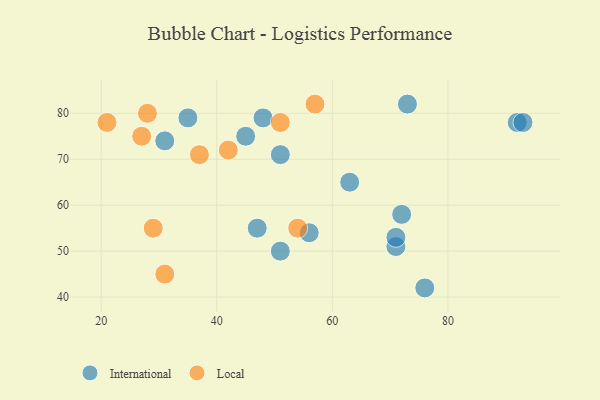
{"axis": {"x": "GDP", "y": "Life Expectancy"}, "legend": ["International", "Local"], "data": [{"x": "92", "y": 78, "type": "International"}, {"x": "73", "y": 82, "type": "International"}, {"x": "51", "y": 71, "type": "International"}, {"x": "71", "y": 51, "type": "International"}, {"x": "71", "y": 53, "type": "International"}, {"x": "45", "y": 75, "type": "International"}, {"x": "47", "y": 55, "type": "International"}, {"x": "72", "y": 58, "type": "International"}, {"x": "63", "y": 65, "type": "International"}, {"x": "31", "y": 74, "type": "International"}, {"x": "76", "y": 42, "type": "International"}, {"x": "93", "y": 78, "type": "International"}, {"x": "35", "y": 79, "type": "International"}, {"x": "56", "y": 54, "type": "International"}, {"x": "48", "y": 79, "type": "International"}, {"x": "51", "y": 50, "type": "International"}, {"x": "37", "y": 71, "type": "Local"}, {"x": "54", "y": 55, "type": "Local"}, {"x": "57", "y": 82, "type": "Local"}, {"x": "51", "y": 78, "type": "Local"}, {"x": "31", "y": 45, "type": "Local"}, {"x": "28", "y": 80, "type": "Local"}, {"x": "42", "y": 72, "type": "Local"}, {"x": "27", "y": 75, "type": "Local"}, {"x": "21", "y": 78, "type": "Local"}, {"x": "29", "y": 55, "type": "Local"}]}